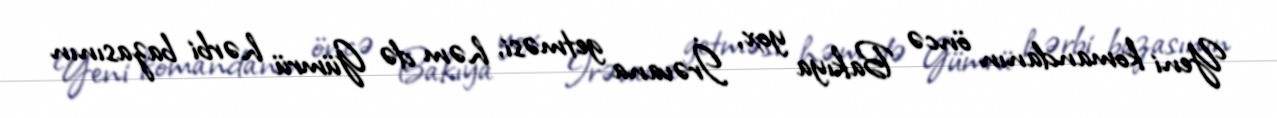
Yeni komandanın öncə Bakıya yox, İrəvana getməsi, həm də Gümrü hərbi bazasının